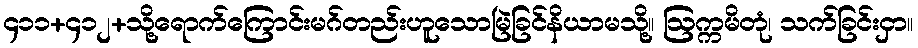
၄၁၁+၄၁၂+သို့ရောက်ကြောင်းမဂ်တည်းဟူသောမြဲခြင်နိယာမသို့။ ဩက္ကမိတုံ၊ သက်ခြင်းငှာ။